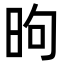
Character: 昫